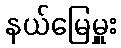
နယ်မြေမှူး